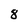
Character: 8